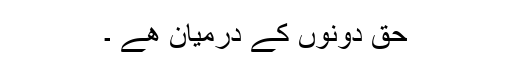
حق دونوں کے درمیان ھے ۔